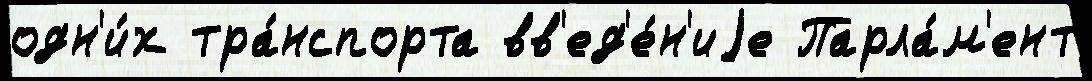
одн'и́х тра́нспорта вв'ед'е́н'иjе Парла́м'ент